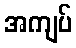
အကျပ်